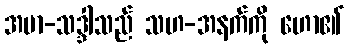
အမာ-သဒ္ဒါသည် သဟ-အနက်ကို ဟော၏